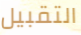
التقبيل